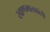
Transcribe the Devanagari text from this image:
खाणमालकांची